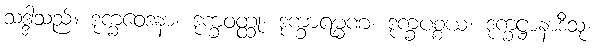
သဒ္ဒါသည်။ ဒုက္ခဝေဒနာ၊ ဒုက္ခဝတ္ထု၊ ဒုက္ခာရမ္မဏ၊ ဒုက္ခပစ္စယ၊ ဒုက္ခဋ္ဌာနာဒီသု၊